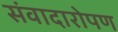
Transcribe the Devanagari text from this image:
संवादारोपण